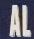
al